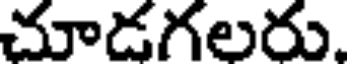
చూడగలరు.